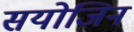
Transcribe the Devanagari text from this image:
सयोजिन